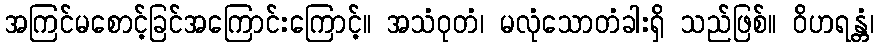
အကြင်မစောင့်ခြင်အကြောင်းကြောင့်။ အသံဝုတံ၊ မလုံသောတံခါးရှိ သည်ဖြစ်။ ဝိဟရန္တံ၊